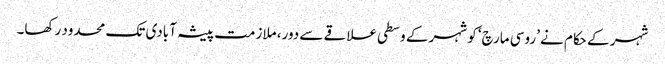
شہر کے حکام نے ’روسی مارچ‘ کو شہر کے وسطی علاقے سے دور، ملازمت پیشہ آبادی تک محدود رکھا۔